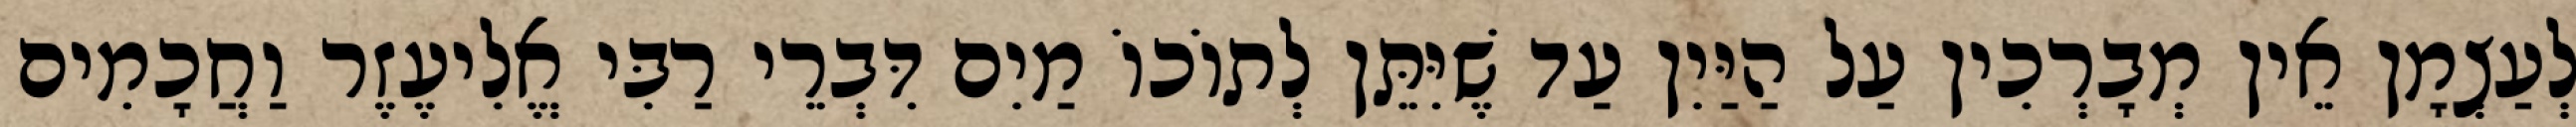
לְעַצְמָן אֵין מְבָרְכִין עַל הַיַּיִן עַד שֶׁיִּתֵּן לְתוֹכוֹ מַיִם דִּבְרֵי רַבִּי אֱלִיעֶזֶר וַחֲכָמִים